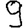
Digit: 9